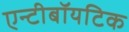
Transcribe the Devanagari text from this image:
एन्टीबॉयटिक